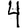
Digit: 4